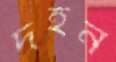
দহন